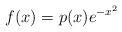
LaTeX: \begin{align*} f(x) = p(x)e^{-x^2}\end{align*}